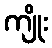
ကျိုး